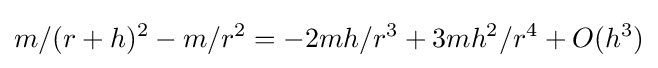
m/(r+h)^{2}-m/r^{2}=-2mh/r^{3}+3mh^{2}/r^{4}+O(h^{3})